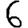
Digit: 6